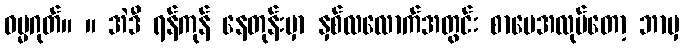
ဓမ္မဂုတ်။ ။ အဲဒီ ရန်ကုန် နေတုန်းမှာ နှစ်လလောက်အတွင်း စာပေအလုပ်တော့ ဘာမှ